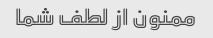
ممنون از لطف شما